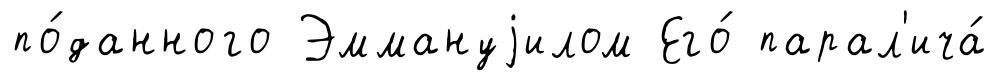
по́данного Эммануjилом Его́ парал'ича́